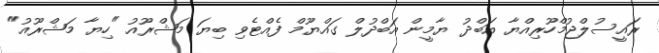
ރައީސުލްޖުމްހޫރިއްޔާ އަބްދު ޔާމީން އަބްދުލް ގައްޔޫމް ފެއްޓެވި ބިޔަ މަޝްރޫއު "ހިޔާ މަޝްރޫއު"